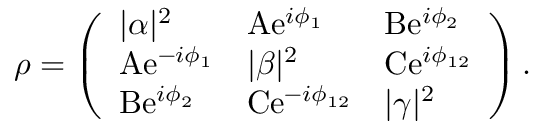
\rho = \left( \begin{array} { l l l } { | \alpha | ^ { 2 } } & { \mathrm { A } \mathrm { e } ^ { i \phi _ { 1 } } } & { \mathrm { B } \mathrm { e } ^ { i \phi _ { 2 } } } \\ { \mathrm { A } \mathrm { e } ^ { - i \phi _ { 1 } } } & { | \beta | ^ { 2 } } & { \mathrm { C } \mathrm { e } ^ { i \phi _ { 1 2 } } } \\ { \mathrm { B } \mathrm { e } ^ { i \phi _ { 2 } } } & { \mathrm { C } \mathrm { e } ^ { - i \phi _ { 1 2 } } } & { | \gamma | ^ { 2 } } \end{array} \right) .